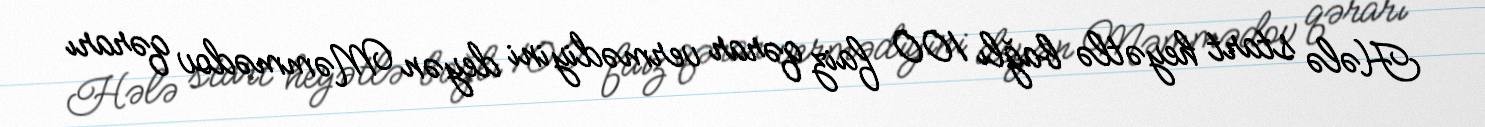
Hələ start heyətlə bağlı 100 faiz qərar vermədiyini deyən Məmmədov qərarı